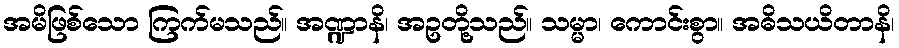
အမိဖြစ်သော ကြက်မသည်။ အဏ္ဍာနိ၊ အဥတို့သည်။ သမ္မာ၊ ကောင်းစွာ။ အဓိသယိတာနိ၊